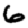
Digit: 6